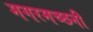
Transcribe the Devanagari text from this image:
मगरमच्छनी